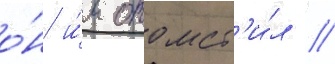
о́н и́м отомст'и́л //